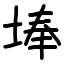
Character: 埲